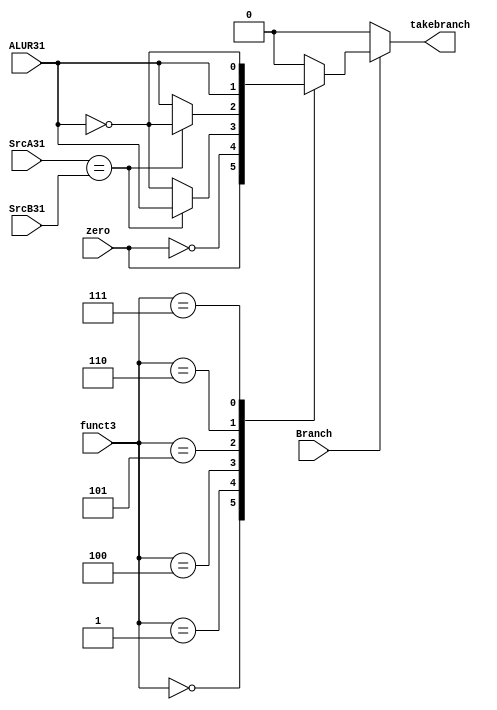
module take_branch_logic(Branch, SrcA31, SrcB31, funct3, zero, ALUR31, takebranch);
	input Branch, SrcA31, SrcB31, zero, ALUR31;
	input [2:0]funct3;
	output reg takebranch;

	always@(*) begin 
		takebranch = 0;
		if (Branch) begin
			casex(funct3)
				
				3'b000: takebranch= zero; //beq
				
				3'b001: takebranch= ~zero; //bne
						
				3'b100: takebranch= (SrcA31==SrcB31)? ALUR31 : ~ALUR31; //blt
				
				3'b101: takebranch= (SrcA31==SrcB31)? ~ALUR31 : ALUR31; //bge

				3'b110: takebranch= ALUR31; //bltu
				
				3'b111: takebranch= ~ALUR31; //bgeu
				
				default: takebranch=0;
			endcase
		end
		
		else takebranch = 0;
		
	end
endmodule